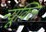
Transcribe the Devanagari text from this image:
न्यूक्लि